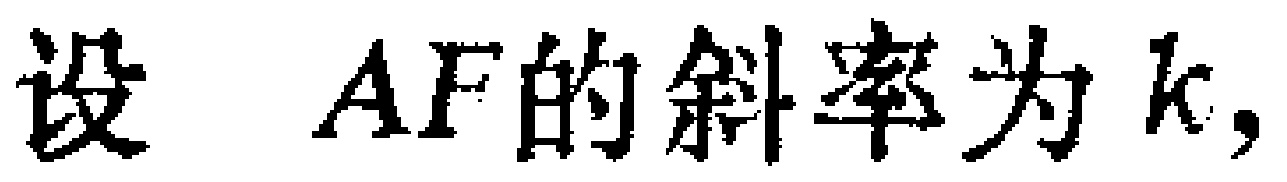
设 \(AF\)的斜率为\(k\)，